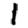
Digit: 1